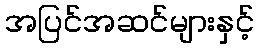
အပြင်အဆင်များနှင့်